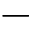
-